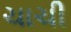
ચાચી